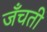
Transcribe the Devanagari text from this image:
जँचती